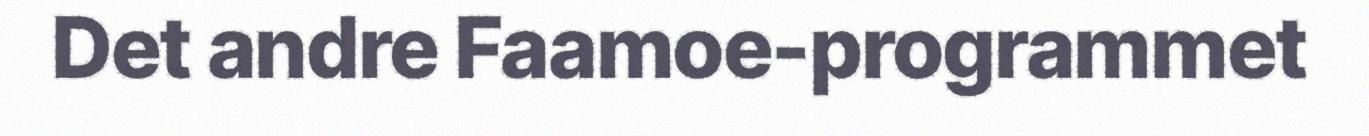
Det andre Faamoe-programmet